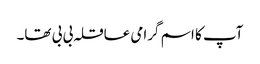
آپ کا اسم گرامی عاقلہ بی بی تھا۔